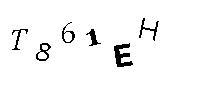
T861EH